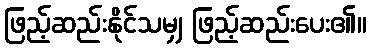
ဖြည့်ဆည်းနိုင်သမျှ ဖြည့်ဆည်းပေး၏။